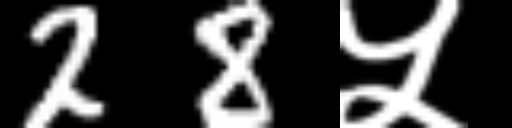
Text: 28५